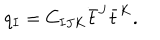
LaTeX: q _ { I } = C _ { I J K } \bar { t } ^ { J } \bar { t } ^ { K } .